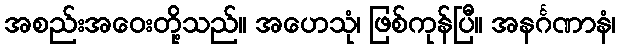
အစည်းအဝေးတို့သည်။ အဟေသုံ၊ ဖြစ်ကုန်ပြီ။ အနင်္ဂဏာနံ၊